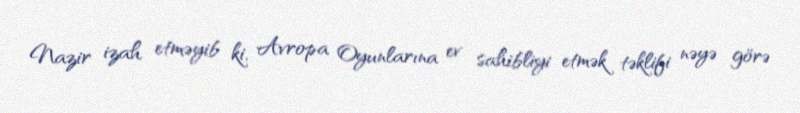
Nazir izah etməyib ki, Avropa Oyunlarına ev sahibliyi etmək təklifi nəyə görə